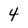
Character: 4